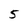
Character: 5